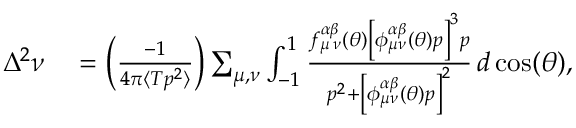
\begin{array} { r l } { \Delta ^ { 2 } \nu } & { { } = \left( \frac { - 1 } { 4 \pi \langle T p ^ { 2 } \rangle } \right) \sum _ { { \mu } , { \nu } } \int _ { - 1 } ^ { 1 } \frac { f _ { { \mu } \, { \nu } } ^ { \alpha \beta } ( \theta ) \left[ \phi _ { { \mu } { \nu } } ^ { \alpha \beta } ( \theta ) p \right] ^ { 3 } p } { p ^ { 2 } + \left[ \phi _ { { \mu } { \nu } } ^ { \alpha \beta } ( \theta ) p \right] ^ { 2 } } \, d \cos ( \theta ) , } \end{array}